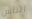
الناس